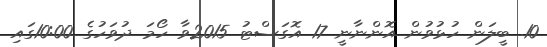
10. ބީލަން ހުޅުވުން އޮންނާނީ 17 އޮގަސްޓު 2015ވާ ހޯމަ ދުވަހުގެ 10:00ގައި